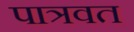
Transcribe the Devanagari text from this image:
पात्रवत